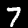
Digit: 7